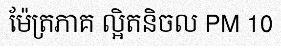
ម៉ែត្រភាគ ល្អិតនិចល PM 10